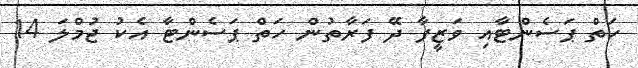
ހަތް ޕަސެންޓާއި ވަޒީފާ ދޭ ފަރާތުން ހަތް ޕަސެންޓާ އެކު ޖުމްލަ 14